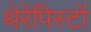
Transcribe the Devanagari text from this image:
थेरेपिस्टों